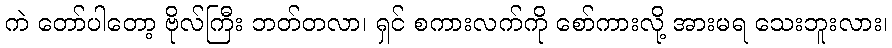
ကဲ တော်ပါတော့ ဗိုလ်ကြီး ဘတ်တလာ၊ ရှင် စကားလက်ကို စော်ကားလို့ အားမရ သေးဘူးလား၊